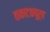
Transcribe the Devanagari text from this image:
वाकाटकपूर्व